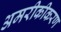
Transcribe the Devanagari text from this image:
अमरीकीकरण